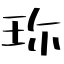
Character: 珎